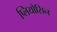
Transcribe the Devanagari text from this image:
प्लियोसिन